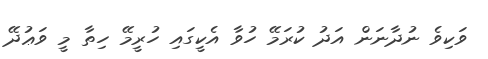
ވަކިވެ ނުދާނަން އަދު ކުރަމޭ ހުވާ އެކީގައި ހުރީމޭ ހިތާ މީ ވަޢުދޭ